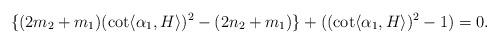
LaTeX: \begin{align*} &\{ (2m_{2}+m_{1}) (\cot \langle \alpha_{1} , H\rangle )^{2}-(2n_{2}+m_{1})\} +((\cot \langle \alpha_{1} , H\rangle )^{2}-1)=0.\end{align*}